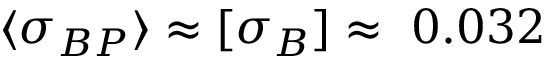
\langle { \sigma _ { B P } } \rangle \approx [ \sigma _ { B } ] \approx ~ 0 . 0 3 2